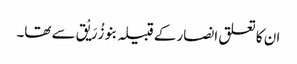
ان کا تعلق انصار کے قبیلہ بنو زُرَیْق سے تھا۔